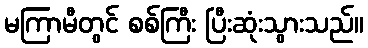
မကြာမီတွင် စစ်ကြီး ပြီးဆုံးသွားသည်။